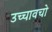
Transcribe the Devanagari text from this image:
उच्चावचो